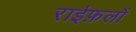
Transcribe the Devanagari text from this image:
राईफ़लों